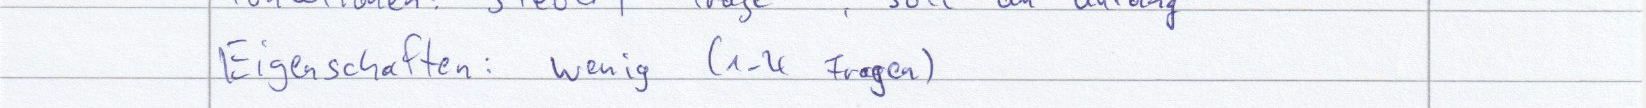
Eigenschaften: wenig (1-4 Fragen)